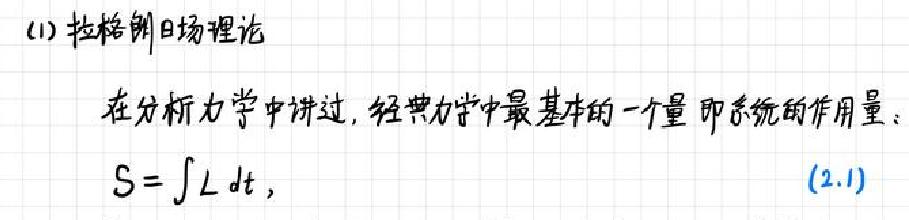
\((1)\) 拉格朗日场理论

在分析力学中讲过，经典力学中最基本的一个量即系统的作用量。

\[S = \int L \mathrm{d}t,\] \((2.1)\)